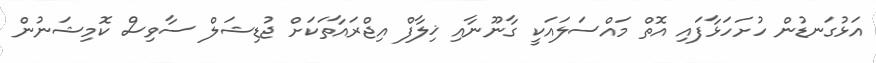
އަޅުގަނޑުން ހުށަހަޅާފައި އޮތް މައްސަލައަކީ ގާނޫނާއި ޚިލާފް އިޖްރައާތަކަށް ޖުޑިޝަލް ސާވިސް ކޮމިޝަނުން